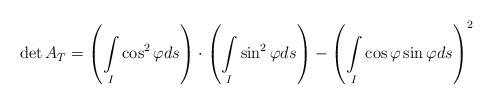
LaTeX: \begin{align*}\det A_T=\left( \underset{I}{\int}\cos^{2}\varphi ds\right)\cdot \left( \underset{I}{\int}\sin^{2}\varphi ds\right) -\left( \underset{I}{\int}\cos \varphi \sin \varphi ds\right)^{2}\end{align*}